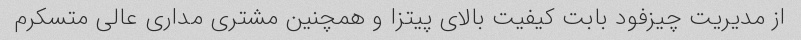
از مدیریت چیزفود بابت کیفیت بالای پیتزا و همچنین مشتری مداری عالی متسکرم